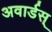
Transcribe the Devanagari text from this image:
अवार्डस्